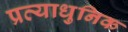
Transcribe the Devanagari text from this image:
प्रत्याधुनिक